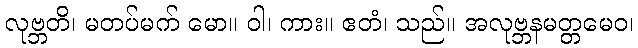
လုဗ္ဘတိ၊ မတပ်မက် မော။ ဝါ၊ ကား။ ဧတံ၊ သည်။ အလုဗ္ဘနမတ္တမေဝ၊